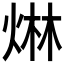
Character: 𤊩